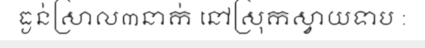
ធ្ងន់ស្រាល៣នាក់ នៅស្រុកស្វាយទាប :